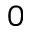
0